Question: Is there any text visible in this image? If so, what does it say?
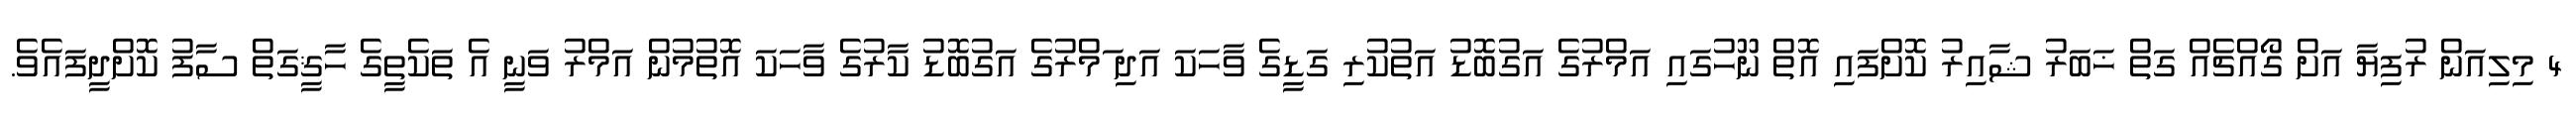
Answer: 4 މިލިއަން ރުފިޔާ އަށް ގޯއްޗެއް ގަތް ޚަބަރު ޝާއިރު ކޮށްފައި އޮތް ނޫހުގައި އަމްރުގެ އަގުބޮޑު އަތުކުރި ގަޑީގެ ވާހަކަ އަދި ަމްރުގެ އަގުބޮޑު ކާރުގެ ވާހަކަ އޮތުމުން އަމްރު ވަނީ އެ ތަކެތީގެ ހާޤީގަތް ސާފު ކޮށްދީފައެވެ.